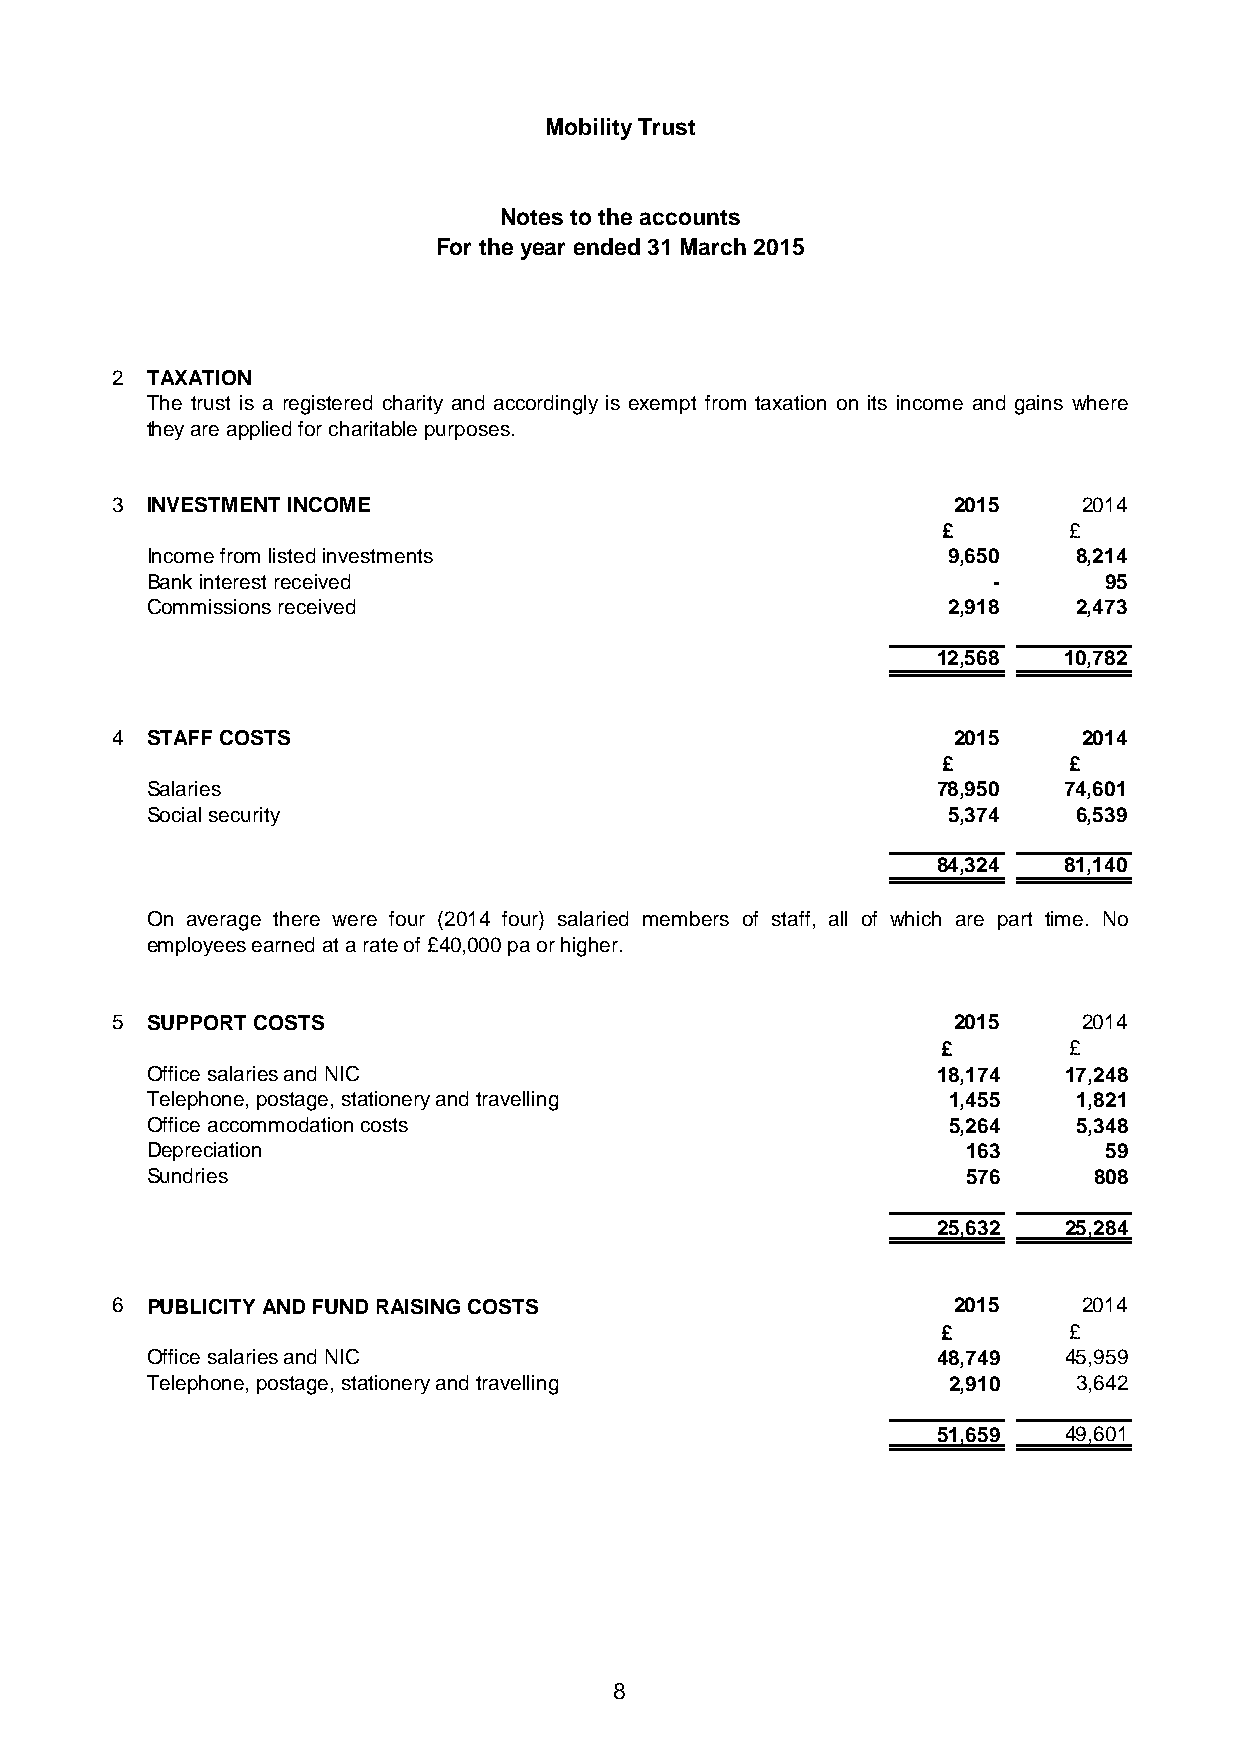
Mobility Trust
 Notes to the accounts
 For the year ended 31 March 2015
 2  TAXATION
 The trust is a registered charity and accordingly is exempt from taxation on its income and gains where
 they are applied for charitable purposes.
 3  INVESTMENT INCOME                                    2015     2014
 £        £
 Income from listed investments                       9,650   8,214
 Bank interest received                                  -      95
 Commissions received                                 2,918   2,473
 12,568  10,782
 4  STAFF COSTS                                          2015     2014
 £        £
 Salaries                                            78,950  74,601
 Social security                                      5,374   6,539
 84,324  81,140
 On average there were four (2014 four) salaried members of staff, all of which are part time. No
 employees earned at a rate of £40,000 pa or higher.
 5  SUPPORT COSTS                                        2015     2014
 £        £
 Office salaries and NIC                             18,174  17,248
 Telephone, postage, stationery and travelling        1,455   1,821
 Office accommodation costs                           5,264   5,348
 Depreciation                                          163      59
 Sundries                                              576     808
 25,632  25,284
 6  PUBLICITY AND FUND RAISING COSTS                     2015     2014
 £        £
 Office salaries and NIC                             48,749  45,959
 Telephone, postage, stationery and travelling        2,910   3,642
 51,659  49,601
 8